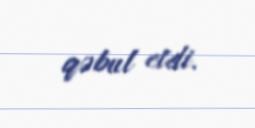
qəbul etdi.